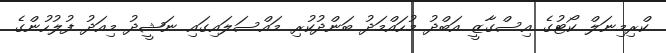
ކްރިމިނަލް ކޯޓުގެ އިސްގާޒީ އަބްދު މުހައްމަދު ބަންދުކުރި މައްސަލައިގައި ނަޝީދު މިއަދު ފުލުހުންގެ